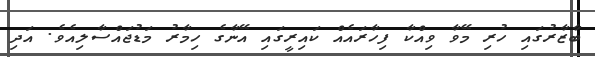
ބާޒާރުގައި ހުރި މޭވާ ވިއްކާ ފިހާރައެއް ކައިރީގައި އޭނާގެ ހިމާރު މަޑުޖައްސާލިއެވެ. އަދި